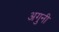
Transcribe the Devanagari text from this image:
अगुनी